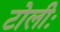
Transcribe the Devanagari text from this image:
टोलीः